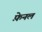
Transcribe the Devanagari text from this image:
फ़ेनल